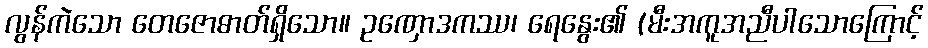
လွန်ကဲသော တေဇောဓာတ်ရှိသော။ ဥဏှောဒကဿ၊ ရေနွေး၏ (မီးအကူအညီပါသောကြောင့်